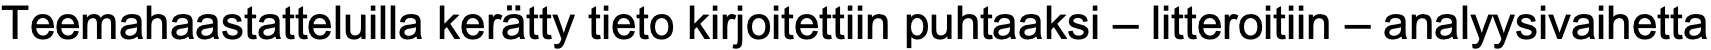
Teemahaastatteluilla kerätty tieto kirjoitettiin puhtaaksi – litteroitiin – analyysivaihetta